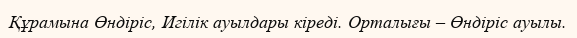
Құрамына Өндіріс, Игілік ауылдары кіреді. Орталығы – Өндіріс ауылы.